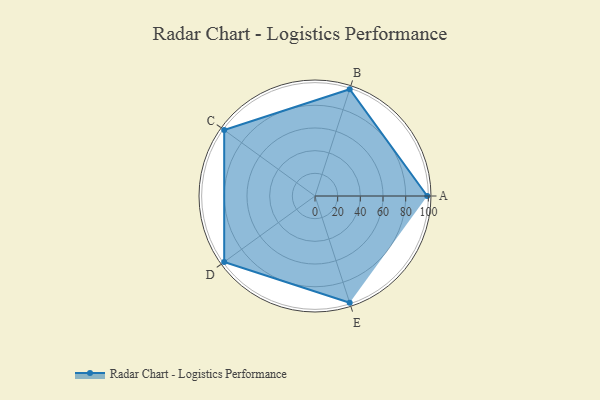
{"axis": {"x": "Skill", "y": "Score"}, "legend": ["Profile"], "data": [{"x": "A", "y": 99, "type": "Profile"}, {"x": "B", "y": 99, "type": "Profile"}, {"x": "C", "y": 99, "type": "Profile"}, {"x": "D", "y": 99, "type": "Profile"}, {"x": "E", "y": 99, "type": "Profile"}]}